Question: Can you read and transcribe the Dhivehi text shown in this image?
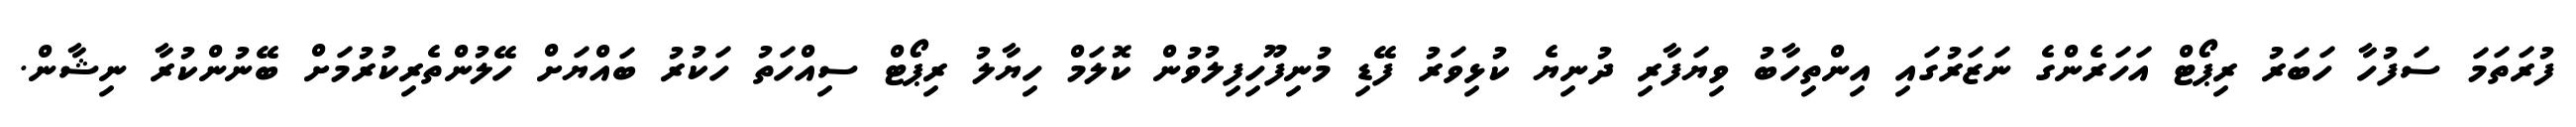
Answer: ފުރަތަމަ ސަފުހާ ހަބަރު ރިޕޯޓް އަހަރެންގެ ނަޒަރުގައި އިންތިހާބު ވިޔަފާރި ދުނިޔެ ކުޅިވަރު ފޭޑި މުނިފޫހިފިލުވުން ކޮލަމް ހިޔާލު ރިޕޯޓް ސިއްހަތު ހަކުރު ބައްޔަށް ހޭލުންތެރިކުރުމަށް ބޭނުންކުރާ ނިޝާން.